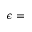
\epsilon =